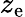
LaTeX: z_{\mathrm{e}}